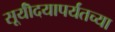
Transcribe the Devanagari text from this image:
सूर्यॊदयापर्यंतच्या